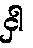
ငှါ